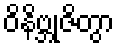
ဝိနိဗ္ဘုဇိတွာ